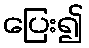
ပြေး၍